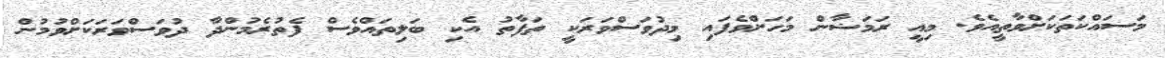
މަސައްކަތަކަށްވާތީއެވެ. މިއީ ރަމަޟާން މަހަށްވެފައި މިދުވަސްވަރަކީ ތަފާތު އެކި ބަލިތައްވެސް ފެތުރެމުންދާ ދުވަސްވަރަކަށްވުމުން